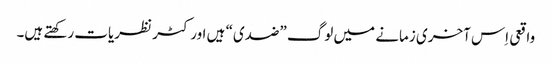
‏ واقعی اِس آخری زمانے میں لوگ ”‏ضدی“‏ ہیں اور کٹر نظریات رکھتے ہیں۔